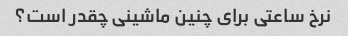
نرخ ساعتی برای چنین ماشینی چقدر است؟